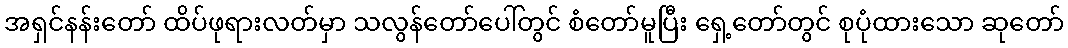
အရှင်နန်းတော် ထိပ်ဖုရားလတ်မှာ သလွန်တော်ပေါ်တွင် စံတော်မူပြီး ရှေ့တော်တွင် စုပုံထားသော ဆုတော်